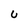
Character: U